First report of the anti-malarial operations at Mian Mir, 1901-1903 - Number 6
Year: 1901
Disease focus: Malaria
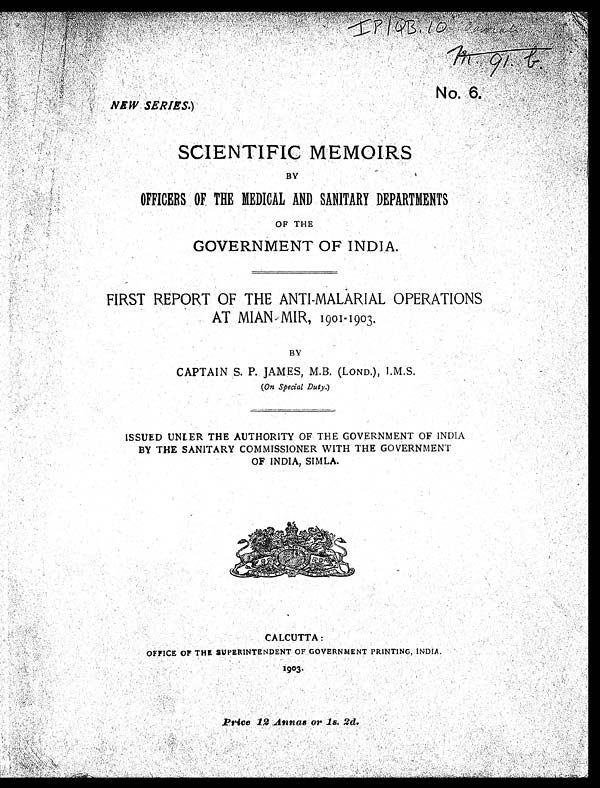
m . 9 2 . b
NEW SERIES.)
N O . 6
SCIENTIFIC MEMOIRS
BY
OFFICERS OF THE MEDICAL AND SANITARY DEPARTMENTS
OF THE
GOVERNMENT OF INDIA.
FIRST REPORT OF THE ANTI-MALARIAL OPERATIONS
AT MIAN MIR, 1901-1903.
BY
CAPTAIN S. P. JAMES, M.B. (LOND.), I.M.S.
( On Special Duty.)
ISSUED UNDER THE AUTHORITY OF THE GOVERNMENT OF INDIA
BY THE SANITARY COMMISSIONER WITH THE GOVERNMENT
OF INDIA, SIMLA.
CALCUTTA:
OFFICE OF THE SUPERINTENDENT OF GOVERNMENT PRINTING, INDIA.
1903.
Price 12 Annas or 1s. 2d.